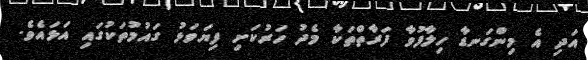
އަދި އެ މިންގަނޑާ ހިލާފުވާ ފަރާތްތަކާ މެދު ހަރުކަށި ފިޔަވަޅު ގައުމުތަކުގައި އަޅައެވެ.